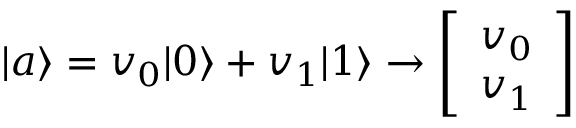
| a \rangle = v _ { 0 } | 0 \rangle + v _ { 1 } | 1 \rangle \rightarrow { \left[ \begin{array} { l } { v _ { 0 } } \\ { v _ { 1 } } \end{array} \right] }